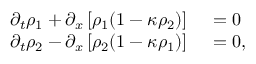
\begin{array} { r l } { \partial _ { t } \rho _ { 1 } + \partial _ { x } \left[ \rho _ { 1 } ( 1 - \kappa \rho _ { 2 } ) \right] { } } & { { } = { } 0 } \\ { \partial _ { t } \rho _ { 2 } - \partial _ { x } \left[ \rho _ { 2 } ( 1 - \kappa \rho _ { 1 } ) \right] { } } & { { } = { } 0 , } \end{array}